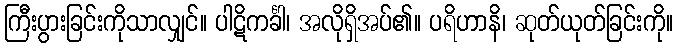
ကြီးပွားခြင်းကိုသာလျှင်။ ပါဋိကင်္ခါ၊ အလိုရှိအပ်၏။ ပရိဟာနိ၊ ဆုတ်ယုတ်ခြင်းကို။